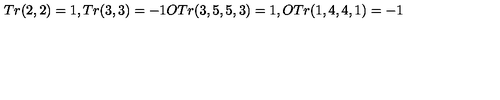
T r ( 2 , 2 ) = 1 , T r ( 3 , 3 ) = - 1 O T r ( 3 , 5 , 5 , 3 ) = 1 , O T r ( 1 , 4 , 4 , 1 ) = - 1